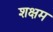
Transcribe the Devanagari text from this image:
शक्षम